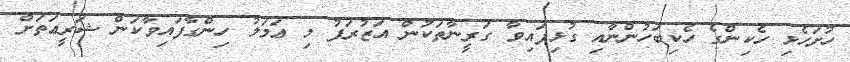
ހުށަހެޅި ހެކިންގެ ހެކިބަހުންނާއި ގުޅިފައިވާ ގަރީނާތަކުން އަޒުރަފު މި ޢަމަލު ހިންގާފައިވާކަން ޝަރީޢަތަށް